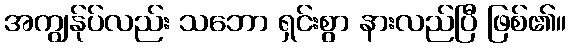
အကျွန်ုပ်လည်း သဘော ရှင်းစွာ နားလည်ပြီ ဖြစ်၏။